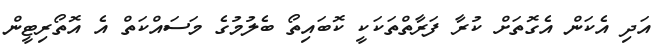
އަދި އެކަން އެގޮތަށް ކުރާ ފަރާތްތަކަކީ ކޮބައިތޯ ބެލުމުގެ މަސައްކަތް އެ އޮތޯރިޓީން